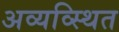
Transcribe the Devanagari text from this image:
अव्यव्स्थित